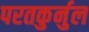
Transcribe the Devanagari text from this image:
परतकुर्नुल